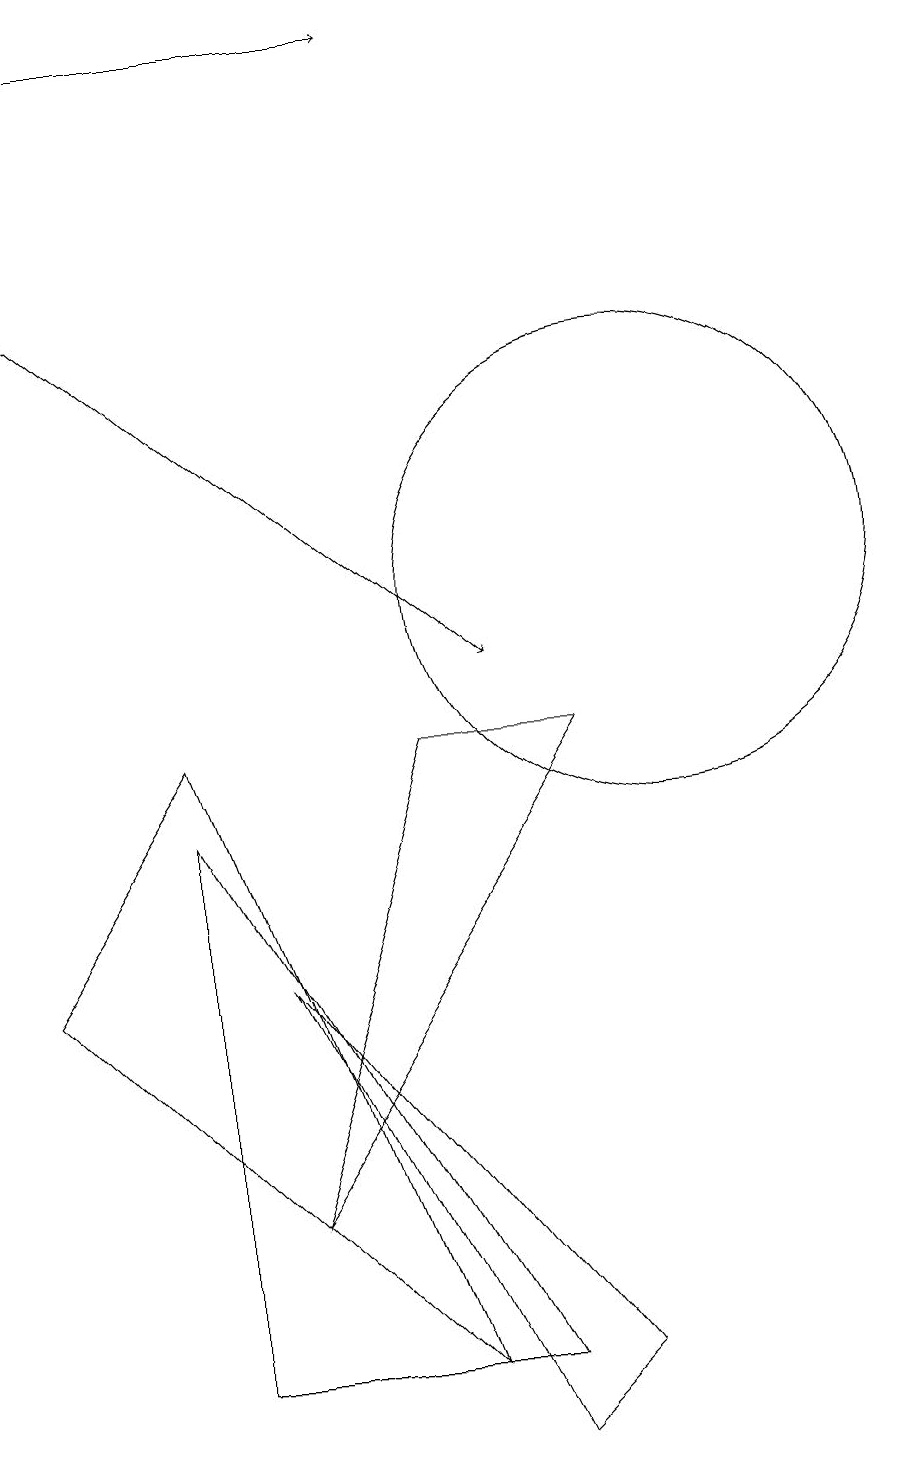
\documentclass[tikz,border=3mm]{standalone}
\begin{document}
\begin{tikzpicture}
\draw (4,9) -- (7,1) -- (2,6) -- cycle;
\draw (10,11) circle (3);
\draw (9,9) -- (5,3) -- (7,9) -- cycle;
\draw (8,1) -- (4,8) -- (4,1) -- cycle;
\draw[->] (2,15) -- (8,10);
\draw (5,6) -- (9,1) -- (8,0) -- cycle;
\draw (10,11) circle (0);
\draw[->] (3,18) -- (7,18);
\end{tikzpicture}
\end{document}